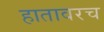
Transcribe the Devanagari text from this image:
हातावरच